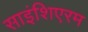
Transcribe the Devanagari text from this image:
साइंशिएरम